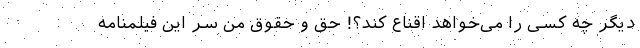
دیگر چه کسی را می‌خواهد اقناع کند؟! حق و حقوق من سر این فیلمنامه